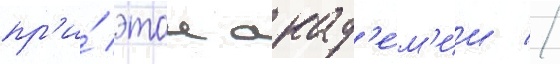
пр'и́ этои акад'е́м'ии //